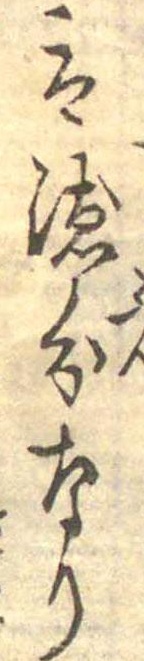
は徳分なり